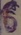
Text: 6